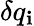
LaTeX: \delta{q}_{\mathbf{i}}